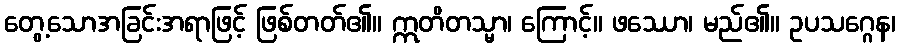
တွေ့သောအခြင်းအရာဖြင့် ဖြစ်တတ်၏။ ဣတိတသ္မာ၊ ကြောင့်။ ဖဿော၊ မည်၏။ ဥပသဂ္ဂေန၊